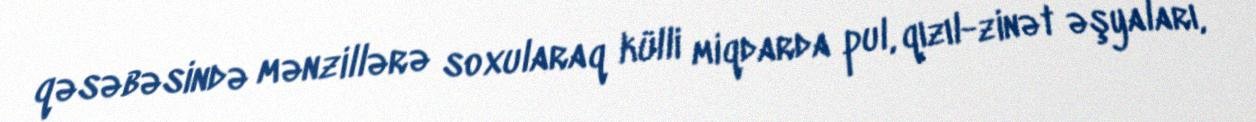
qəsəbəsində mənzillərə soxularaq külli miqdarda pul, qızıl-zinət əşyaları,